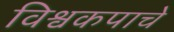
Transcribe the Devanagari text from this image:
विश्वकपाचे